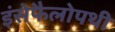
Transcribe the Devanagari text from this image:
इंसेफैलोपथी